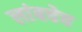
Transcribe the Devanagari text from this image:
लांबचेच